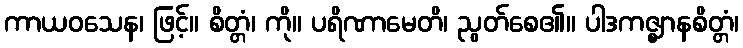
ကာယဝသေန၊ ဖြင့်။ စိတ္တံ၊ ကို။ ပရိဏာမေတိ၊ ညွတ်စေ၏။ ပါဒကဇ္ဈာနစိတ္တံ၊